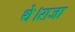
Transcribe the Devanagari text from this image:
थे।राजा